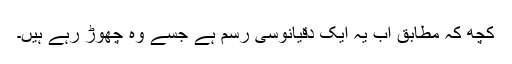
کچھ کہ مطابق اب یہ ایک دقیانوسی رسم ہے جسے وہ چھوڑ رہے ہیں۔